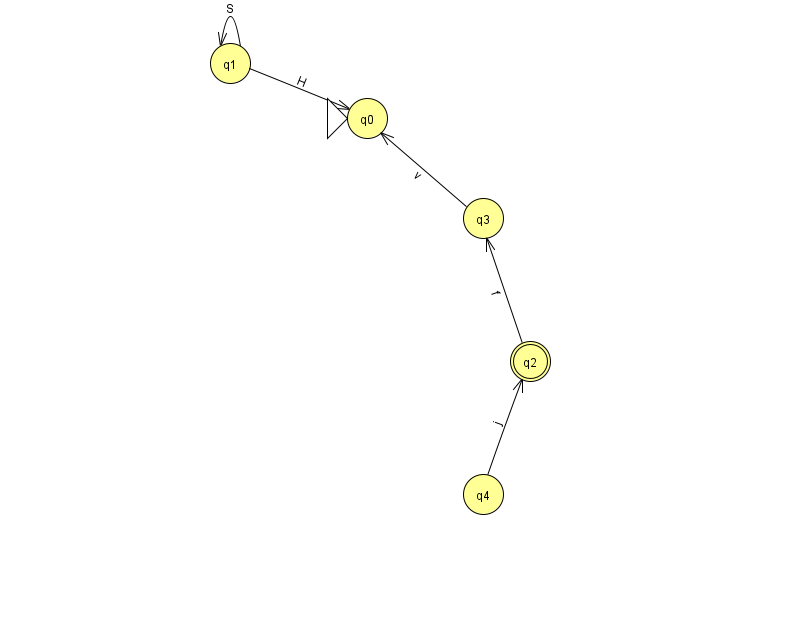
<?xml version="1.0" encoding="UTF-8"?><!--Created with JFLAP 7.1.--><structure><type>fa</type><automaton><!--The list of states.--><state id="0" name="q0"><x>367.0</x><y>105.0</y><initial/></state><state id="1" name="q1"><x>230.0</x><y>50.0</y></state><state id="2" name="q2"><x>530.0</x><y>348.0</y><final/></state><state id="3" name="q3"><x>483.0</x><y>205.0</y></state><state id="4" name="q4"><x>483.0</x><y>481.0</y></state><!--The list of transitions.--><transition><from>4</from><to>2</to><read>j</read></transition><transition><from>1</from><to>1</to><read>S</read></transition><transition><from>1</from><to>0</to><read>H</read></transition><transition><from>3</from><to>0</to><read>v</read></transition><transition><from>2</from><to>3</to><read>f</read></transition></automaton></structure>